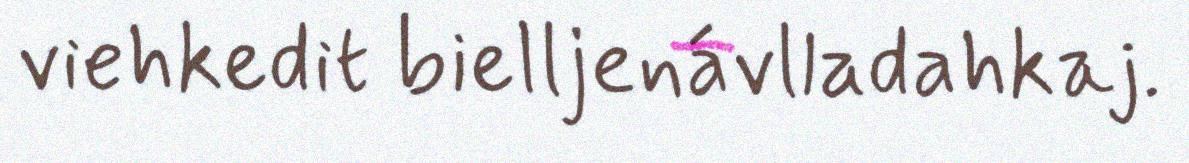
viehkedit bielljenávlladahkaj.